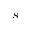
s